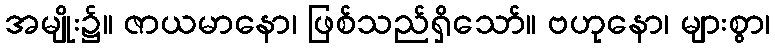
အမျိုး၌။ ဇာယမာနော၊ ဖြစ်သည်ရှိသော်။ ဗဟုနော၊ များစွာ၊